Calcutta medical institutions reports 1879-81 [i.e.91]
Year: 1879
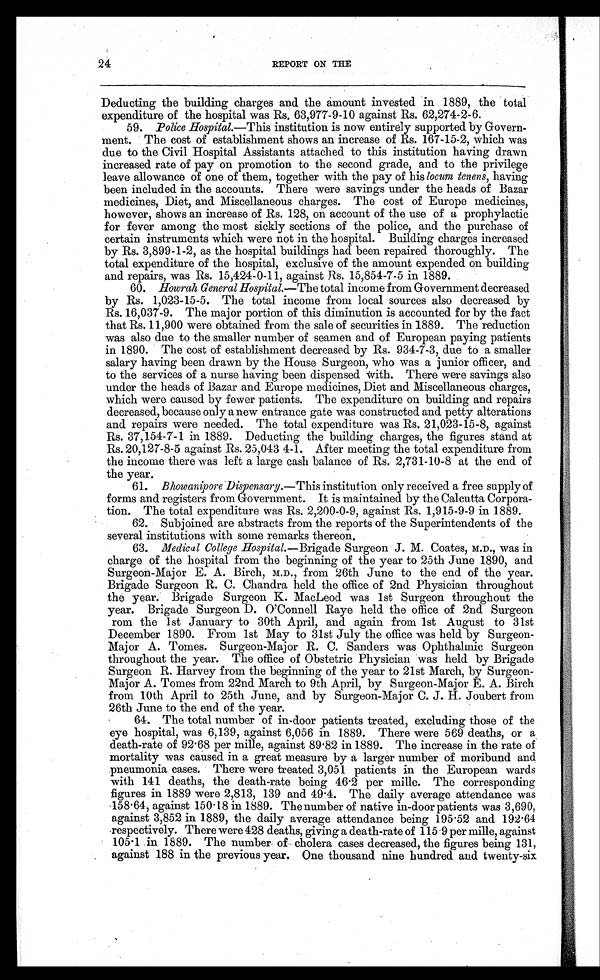
24
REPORT ON THE
Deducting the building charges and the amount invested in 1889, the total
expenditure of the hospital was Rs. 63,977-9-10 against Rs. 62,274-2-6.
59. Police Hospital.—This institution is now entirely supported by Govern-
ment. The cost of establishment shows an increase of Rs. 167-15-2, which was
due to the Civil Hospital Assistants attached to this institution having drawn
increased rate of pay on promotion to the second grade, and to the privilege
leave allowance of one of them, together with the pay of his locum tonens, having
been included in the accounts. There were savings under the heads of Bazar
medicines, Diet, and Miscellaneous charges. The cost of Europe medicines,
however, shows an increase of Rs. 128, on account of the use of a prophylactic
for fever among the most sickly sections of the police, and the purchase of
certain instruments which were not in the hospital. Building charges increased
by Rs. 3,899-1-2, as the hospital buildings had been repaired thoroughly. The
total expenditure of the hospital, exclusive of the amount expended on building
and repairs, was Rs. 15,424-0-11, against Rs. 15,854-7-5 in 1889.
60.
Howrah General Hospital.— The total income from Government decreased
by Rs. 1,023-15-5. The total income from local sources also decreased by
Rs. 16,037-9. The major portion of this diminution is accounted for by the fact
that Rs. 11,900 were obtained from the sale of securities in 1889. The reduction
was also due to the smaller number of seamen and of European paying patients
in 1890. The cost of establishment decreased by Rs. 934-7-3, due to a smaller
salary having been drawn by the House Surgeon, who was a junior officer, and
to the services of a nurse having been dispensed With. There were savings also
under the heads of Bazar and Europe medicines, Diet and Miscellaneous charges,
which were caused by fewer patients. The expenditure on building and repairs
decreased, because only a new entrance gate was constructed and petty alterations
and repairs were needed. The total expenditure was Rs. 21,023-15-8, against
Rs. 37,154-7-1 in 1889. Deducting the building charges, the figures stand at
Rs. 20,127-8-5 against Rs. 25,043 4-1. After meeting the total expenditure from
the income there was left a large cash balance of Rs. 2,731-10-8 at the end of
the year.
61. Bhowanipore Dispensary.— This institution only received a free supply of
forms and registers from Government. It is maintained by the Calcutta Corpora-
tion. The total expenditure was Rs. 2,200-0-9, against Rs. 1,915-9-9 in 1889.
62. Subjoined are abstracts from the reports of the Superintendents of the
several institutions with some remarks thereon.
63. Medical College Hospital.— Brigade Surgeon J. M. Coates, M.D., was in
charge of the hospital from the beginning of the year to 25th June 1890, and
Surgeon-Major E. A. Birch, M.D., from 26th June to the end of the year.
Brigade Surgeon R. C. Chandra held the office of 2nd Physician throughout
the year. Brigade Surgeon K. MacLeod was 1st Surgeon throughout the
year. Brigade Surgeon D. O'Connell Raye held the office of 2nd Surgeon
rom the 1st January to 30th April, and again from 1st August to 31st
December 1890. From 1st May to 31st July the office was held by Surgeon-
Major A. Tomes. Surgeon-Major R. C. Sanders was Ophthalmic Surgeon
throughout the year. The office of Obstetric Physician was held by Brigade
Surgeon R. Harvey from the beginning of the year to 21st March, by Surgeon-
Major A. Tomes from 22nd March to 9th April, by Surgeon-Major E. A. Birch
from 10th April to 25th June, and by Surgeon-Major C. J. H. Joubert from
26th June to the end of the year.
64. The total number of in-door patients treated, excluding those of the
eye hospital, was 6,139, against 6,056 in 1889. There were 569 deaths, or a
death-rate of 92 . 68 per mille, against 89. 8 2 i n 1 8 8 9 . T h e i n c r e a s e i n t h e r a t e o f
mortality was caused in a great measure by a larger number of moribund and
pneumonia cases. There were treated 3,051 patients in the European wards
with 141 deaths, the death-rate being 46 .2 per mille. The corresponding
figures in 1889 were 2,813, 139 and 49 .4. The daily average attendance was
158 . 64, against 150 . 18 in 1889. The number of native in-door patients was 3,690,
against 3,852 in 1889, the daily average attendance being 195 .52 and 192.64
respectively. There were 428 deaths, giving a death-rate of 115 . 9 per mille, against
105 . 1 in 1889. The number of cholera cases decreased, the figures being 131,
against 188 in the previous year. One thousand nine hundred and twenty-six